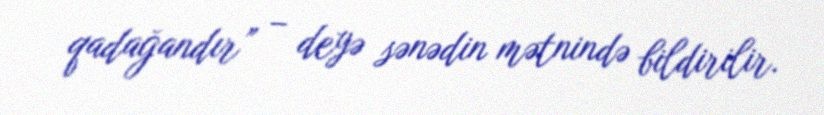
qadağandır” – deyə sənədin mətnində bildirilir.